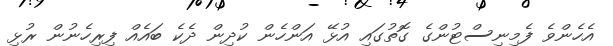
އެހެންވެ ފެމިނިސްޓުންގެ ގޮތުގައި އުޅޭ އަންހެން ކުދިން ދެކެ ބައެއް ފިރިހެނުން ރުޅި